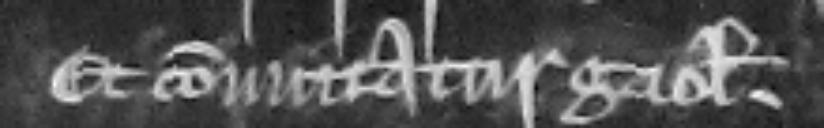
Et committatur gaolam.